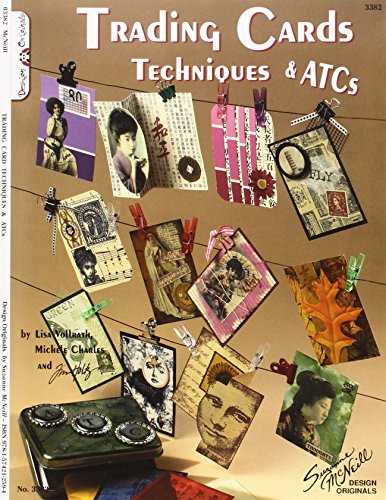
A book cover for Trading Card Techniques & ATCs; Tim Holtz; Crafts, Hobbies & Home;